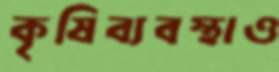
কৃষিব্যবস্থাও